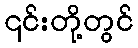
၎င်းတို့တွင်